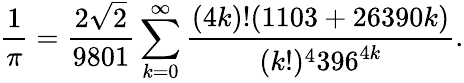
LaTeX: {\frac{1}{\pi}}={\frac{2{\sqrt{2}}}{9801}}\sum_{k=0}^{\infty}{\frac{(4k)!(1103+26390k)}{(k!)^{4}396^{4k}}}.